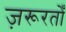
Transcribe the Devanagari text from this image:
ज़रूरतोँ